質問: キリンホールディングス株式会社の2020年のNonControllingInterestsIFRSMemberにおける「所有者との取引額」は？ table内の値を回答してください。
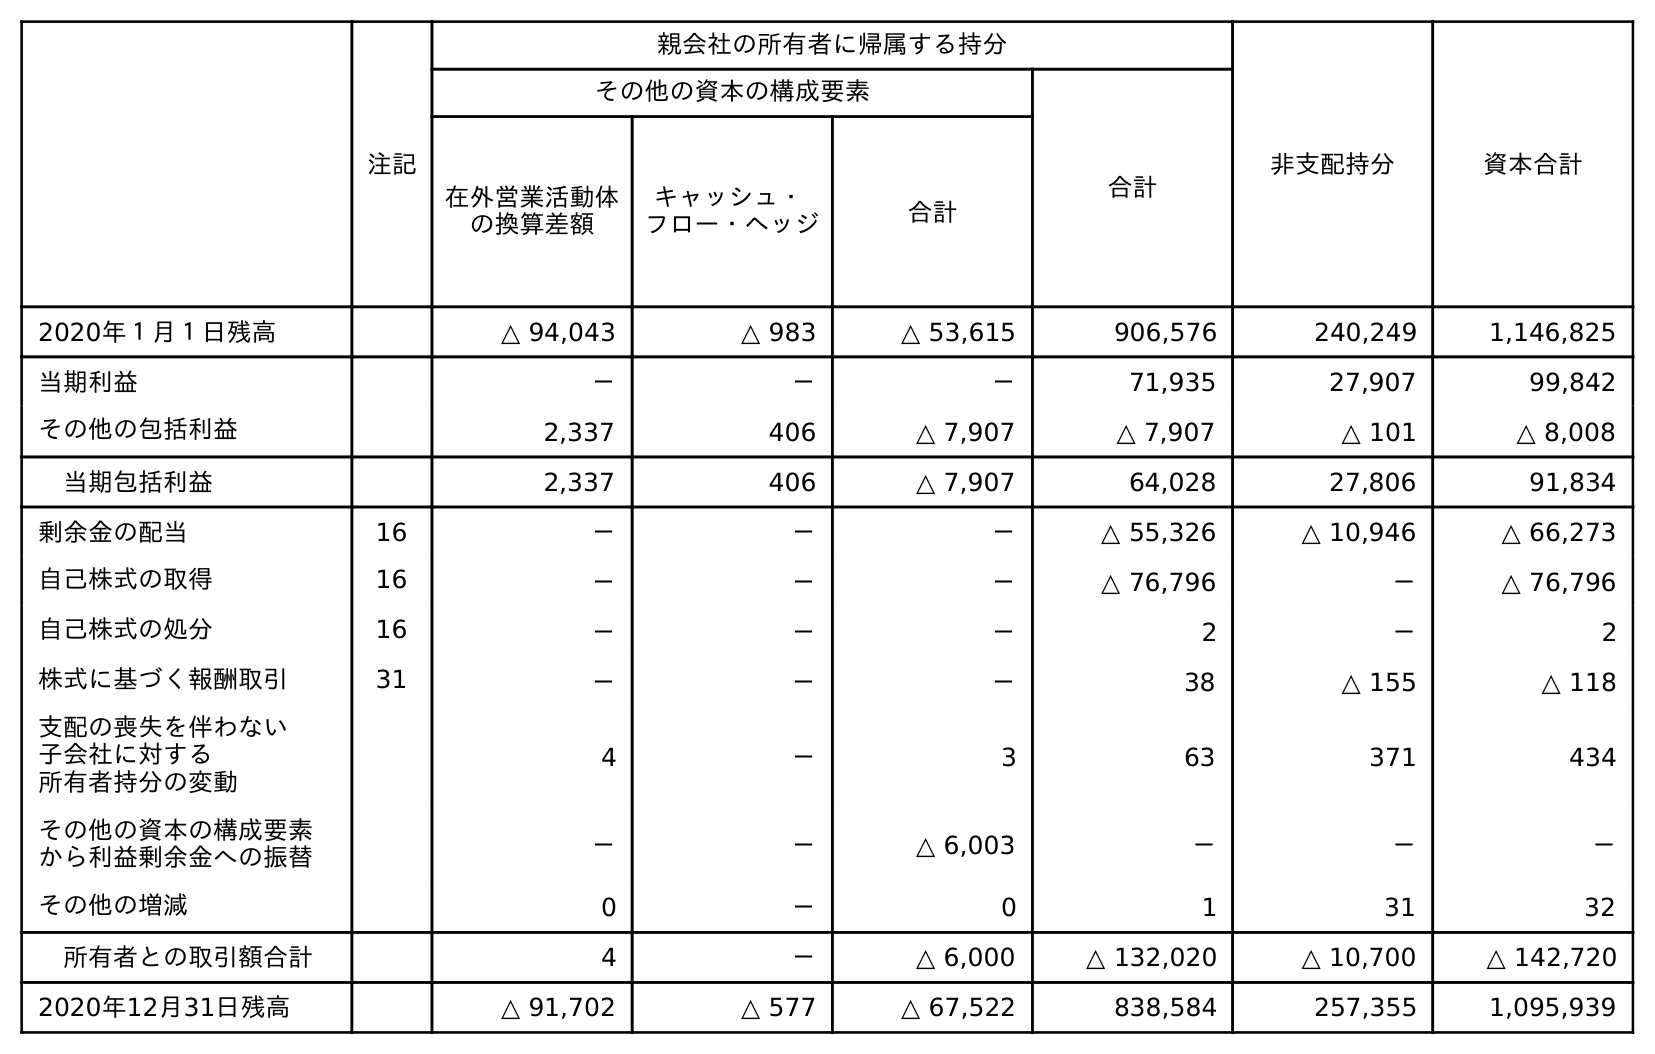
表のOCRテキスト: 注記 親会社の所有者に帰属する持分 非支配持分 資本合計 その他の資本の構成要素 合計 在外営業活動体 の換算差額 キャッシュ・ フロー・ヘッジ 合計 2020年１月１日残高 △ 94,043 △ 983 △ 53,615 906,576 240,249 1,146,825 当期利益 － － － 71,935 27,907 99,842 その他の包括利益 2,337 406 △ 7,907 △ 7,907 △ 101 △ 8,008 当期包括利益 2,337 406 △ 7,907 64,028 27,806 91,834 剰余金の配当 16 － － － △ 55,326 △ 10,946 △ 66,273 自己株式の取得 16 － － － △ 76,796 － △ 76,796 自己株式の処分 16 － － － 2 － 2 株式に基づく報酬取引 31 － － － 38 △ 155 △ 118 支配の喪失を伴わない 子会社に対する 所有者持分の変動 4 － 3 63 371 434 その他の資本の構成要素 から利益剰余金への振替 － － △ 6,003 － － － その他の増減 0 － 0 1 31 32 所有者との取引額合計 4 － △ 6,000 △ 132,020 △ 10,700 △ 142,720 2020年12月31日残高 △ 91,702 △ 577 △ 67,522 838,584 257,355 1,095,939
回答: △10,700